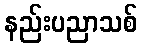
နည်းပညာသစ်